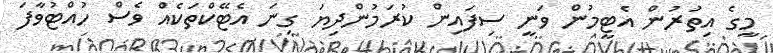
މީގެ އިތުރުން އެޓީމުން ވަނީ ސިފައިން ކުރަމުންދިޔަ ގިނަ އެޓޭކްތަކެއް ވެސް ހުއްޓުވާފަ